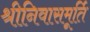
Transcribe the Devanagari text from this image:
श्रीनिवासमूर्ति